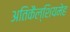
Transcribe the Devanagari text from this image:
अतिकैल्शियमेह